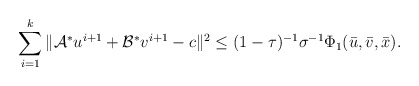
\begin{align*}\begin{array}{ll}\displaystyle\sum_{i=1}^k \|\mathcal{A}^*u^{i+1} + \mathcal{B}^*v^{i+1} - c\|^2 \leq (1-\tau)^{-1}\sigma^{-1}\Phi_1(\bar{u}, \bar{v}, \bar{x}).\end{array}\end{align*}